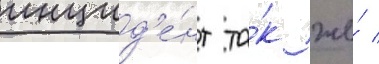
инцид'е́нт та́к же́ /